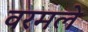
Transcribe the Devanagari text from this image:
वरमले